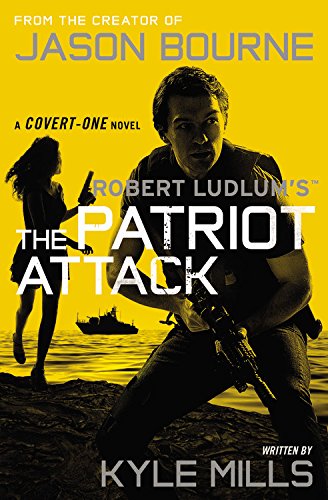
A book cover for Robert Ludlum's (TM) The Patriot Attack (Covert-One series); Kyle Mills; Mystery, Thriller & Suspense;